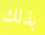
بذلك